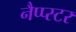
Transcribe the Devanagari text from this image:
नैप्प्स्टर